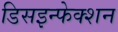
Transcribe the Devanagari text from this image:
डिसइन्फेक्शन